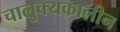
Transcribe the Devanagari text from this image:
चालुक्‍यकालीन